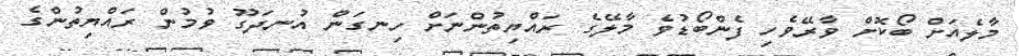
މާލެއަށް ބޯކޮށް ވާރޭވެހި ފެންބޯޑުވެ މާލޭގެ ރައްޔިތުންނަށް ހިނގަން އުނދަގޫ ވުމުން ރައްޔިތުންގެ